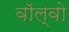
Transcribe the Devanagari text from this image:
वाॅल्वो